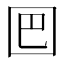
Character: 𡇃